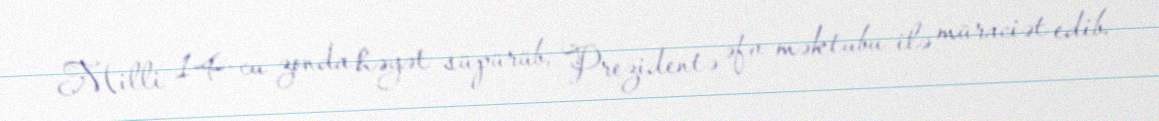
Milli 14-cu zonda həyət süpürüb, Prezidentə əfv məktubu ilə müraciət edib.